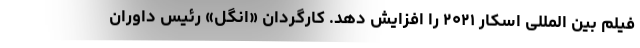
فیلم بین المللی اسکار ۲۰۲۱ را افزایش دهد. کارگردان «اَنگل» رئیس داوران